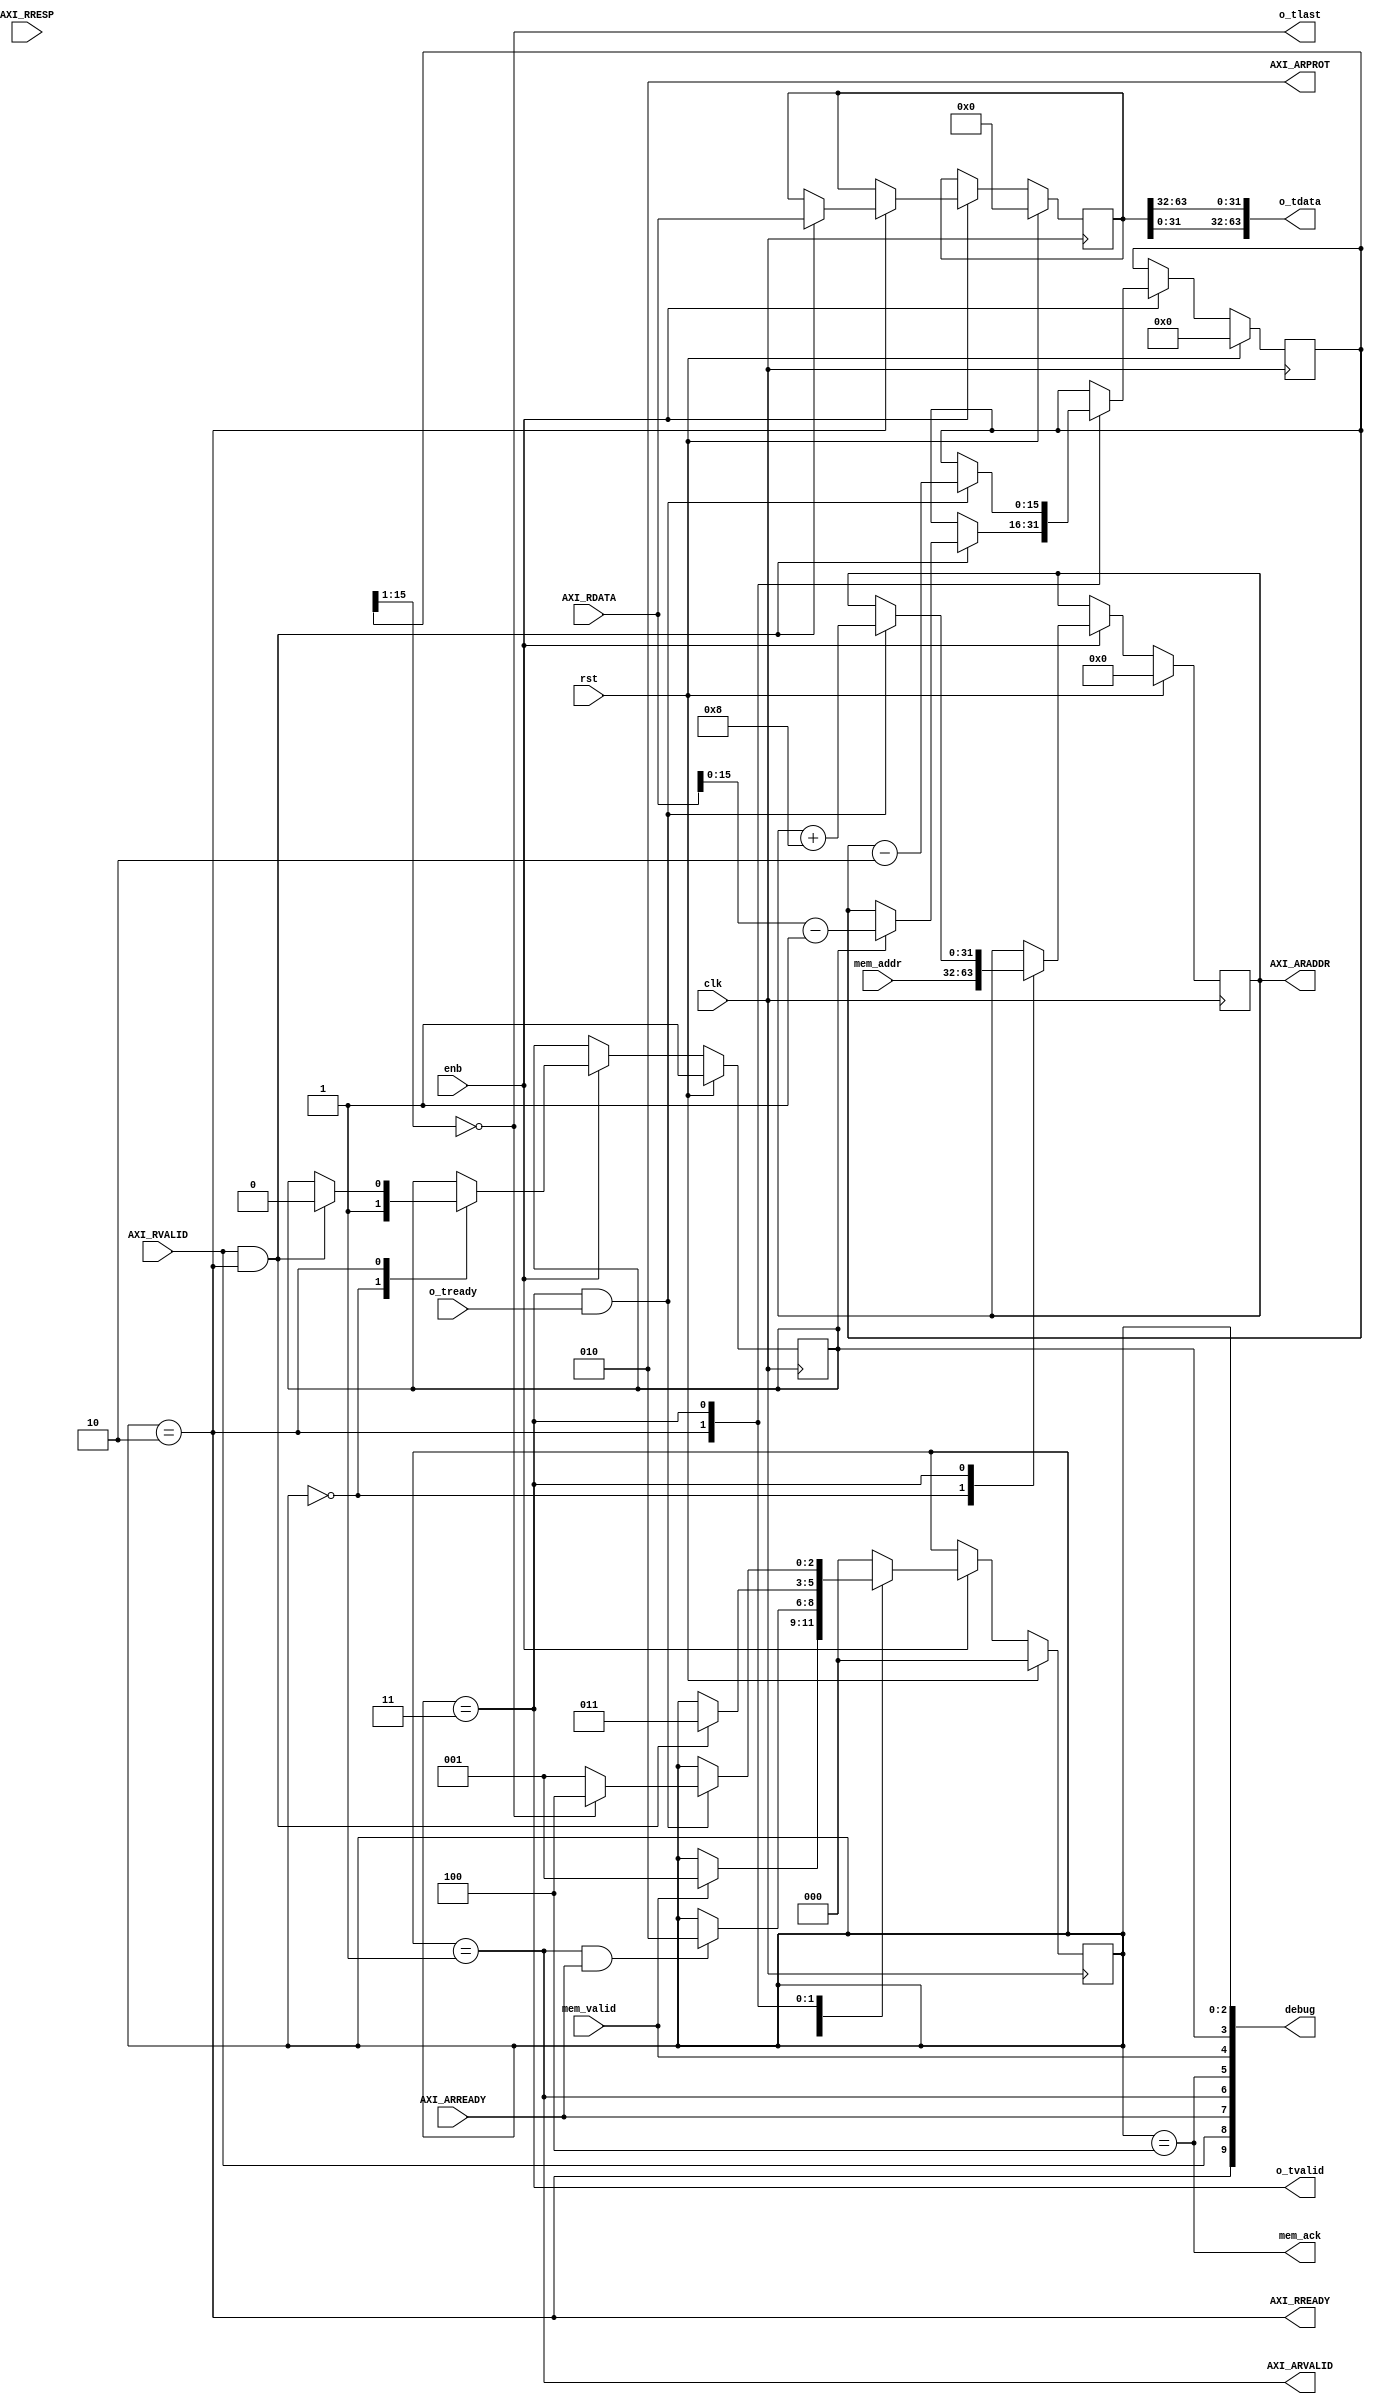
//////////////////////////////////////////////////////////////////////////////////
// Copyright Ettus Research LLC
// Copyright 2014 Ettus Research, a National Instruments Company
//
// SPDX-License-Identifier: LGPL-3.0-or-later
//
// The ZYNQ FIFO - read DDR and write to FIFO:
//  - implements read state machine for AXI master on DDR
//  - provides output fifos to external fabric
//////////////////////////////////////////////////////////////////////////////////


module zf_host_to_stream
#(
    parameter PROT = 3'b010 //data, non-secure, unpriv
)
(
    input clk,
    input rst,
    input enb,

    //------------------------------------------------------------------
    //-- DDR read signals - master
    //------------------------------------------------------------------
    output [31:0] AXI_ARADDR,
    output [2:0] AXI_ARPROT,
    output AXI_ARVALID,
    input AXI_ARREADY,
    input [63:0] AXI_RDATA,
    input [1:0] AXI_RRESP,
    input AXI_RVALID,
    output AXI_RREADY,

    //------------------------------------------------------------------
    // FIFO streaming interfaces
    //------------------------------------------------------------------
    output [63:0] o_tdata,
    output o_tlast,
    output o_tvalid,
    input o_tready,

    //------------------------------------------------------------------
    // configuration interface
    //------------------------------------------------------------------
    input [31:0] mem_addr,
    input mem_valid,
    output mem_ack,

    output [31:0] debug
);

////////////////////////////////////////////////////////////////////////
///////////////////////////// Begin R T L //////////////////////////////
////////////////////////////////////////////////////////////////////////


    localparam STATE_WAIT_MEM = 0;
    localparam STATE_WRITE_ADDR = 1;
    localparam STATE_READ_DATA = 2;
    localparam STATE_WRITE_LINE = 3;
    localparam STATE_DONE = 4;

    reg [31:0] base_addr;
    reg [63:0] line;
    reg [15:0] line32_count;
    reg first_line;

    reg [2:0] state;
    always @(posedge clk) begin
        if (rst) begin
            state <= STATE_WAIT_MEM;
            base_addr <= 0;
            line <= 0;
            line32_count <= 0;
            first_line <= 1;
        end
        else if (enb) case (state)
        STATE_WAIT_MEM: begin
            if (mem_valid) begin
                state <= STATE_WRITE_ADDR;
            end
            base_addr <= mem_addr;
            first_line <= 1;
        end

        STATE_WRITE_ADDR: begin
            if (AXI_ARVALID && AXI_ARREADY) begin
                state <= STATE_READ_DATA;
            end
        end

        STATE_READ_DATA: begin
            if (AXI_RVALID && AXI_RREADY) begin
                line <= AXI_RDATA;
                state <= STATE_WRITE_LINE;
                if (first_line) begin
                    //round up to multiple of 64 minus one line
                    //Note! words32 are swapped here, inspect lower for length
                    line32_count <= AXI_RDATA[15:0] - 16'b1;
                    first_line <= 0;
                end
            end
        end

        STATE_WRITE_LINE: begin
            if (o_tvalid && o_tready) begin
                if (o_tlast) state <= STATE_DONE;
                else state <= STATE_WRITE_ADDR;
                base_addr <= base_addr + 32'h8;
                line32_count <= line32_count - 16'h2;
            end
        end

        STATE_DONE: begin
            state <= STATE_WAIT_MEM;
        end

        default: state <= STATE_WAIT_MEM;

        endcase //state
    end

    assign o_tdata = {line[31:0], line[63:32]};
    assign o_tlast = (line32_count[15:1] == 15'b0); //ignore low bit
    assign o_tvalid = (state == STATE_WRITE_LINE);
    assign mem_ack = (state == STATE_DONE);

    //the master read address always comes from the reg
    assign AXI_ARADDR = base_addr;
    assign AXI_ARVALID = (state == STATE_WRITE_ADDR);
    assign AXI_RREADY = (state == STATE_READ_DATA);
    assign AXI_ARPROT = PROT;

    assign debug[2:0] = state;
    assign debug[3] = first_line;
    assign debug[4] = mem_valid;
    assign debug[5] = mem_ack;
    assign debug[6] = AXI_ARVALID;
    assign debug[7] = AXI_ARREADY;
    assign debug[8] = AXI_RVALID;
    assign debug[9] = AXI_RREADY;

endmodule //zf_host_to_stream